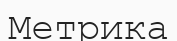
Метрика